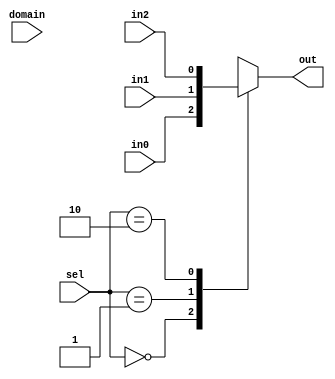
//========================================================================
// Verilog Components: Muxes
//========================================================================

`ifndef VC_MUX3_SAMEDOMAIN_V
`define VC_MUX3_SAMEDOMAIN_V

//------------------------------------------------------------------------
// 3 Input Mux
//------------------------------------------------------------------------

module vc_Mux3_sd
#(
  parameter p_nbits = 1
)(
  input      [p_nbits-1:0] 	in0, 
  input		 [p_nbits-1:0] 	in1, 
  input      [p_nbits-1:0] 	in2,
  input		 [1:0]		   				domain,
  input      [1:0] 		   				sel,
  output reg [p_nbits-1:0] 	out
);

  always @(*)
  begin
    case ( sel )
	  2'd0 : begin
			   out = in0;
			 end

	  2'd1 : begin
			   out = in1;
			 end

	  2'd2 : begin
			   out = in2;
			 end

      default : out = {p_nbits{1'bx}};
    endcase
  end

endmodule

`endif /* VC_MUX3_SAMEDOMAIN_V */